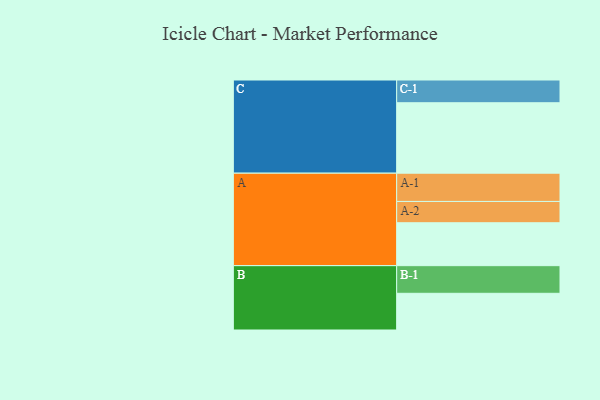
{"axis": {"x": "Segment", "y": "Value"}, "legend": ["", "A", "B", "C"], "data": [{"x": "A", "y": 351, "type": ""}, {"x": "B", "y": 300, "type": ""}, {"x": "C", "y": 576, "type": ""}, {"x": "A-1", "y": 231, "type": "A"}, {"x": "A-2", "y": 174, "type": "A"}, {"x": "B-1", "y": 226, "type": "B"}, {"x": "C-1", "y": 186, "type": "C"}]}